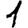
Digit: 1